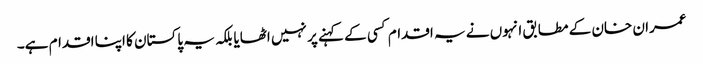
عمران خان کے مطابق انہوں نے یہ اقدام کسی کے کہنے پر نہیں اٹھایا بلکہ یہ پاکستان کا اپنا اقدام ہے۔